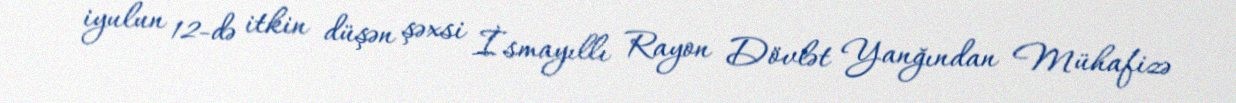
iyulun 12-də itkin düşən şəxsi İsmayıllı Rayon Dövlət Yanğından Mühafizə